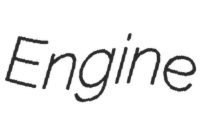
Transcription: Engine